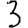
Digit: 3